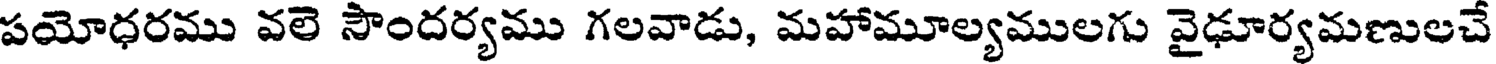
పయోధరము వలె సౌందర్యము గలవాడు, మహామూల్యములగు వైఢూర్యమణులచే